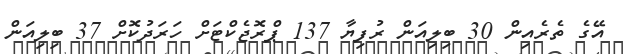
އޭގެ ތެރެއިން 30 ބިލިއަން ރުފިޔާ 137 ޕްރޮޖެކްޓަށް ހަރަދުކޮށް 37 ބިލިއަން